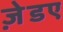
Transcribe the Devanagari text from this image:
ज़ेडए